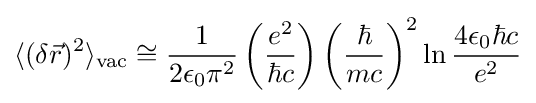
\langle (\delta {\vec {r}})^{2}\rangle _{\rm {vac}}\cong {\frac {1}{2\epsilon _{0}\pi ^{2}}}\left({\frac {e^{2}}{\hbar c}}\right)\left({\frac {\hbar }{mc}}\right)^{2}\ln {\frac {4\epsilon _{0}\hbar c}{e^{2}}}